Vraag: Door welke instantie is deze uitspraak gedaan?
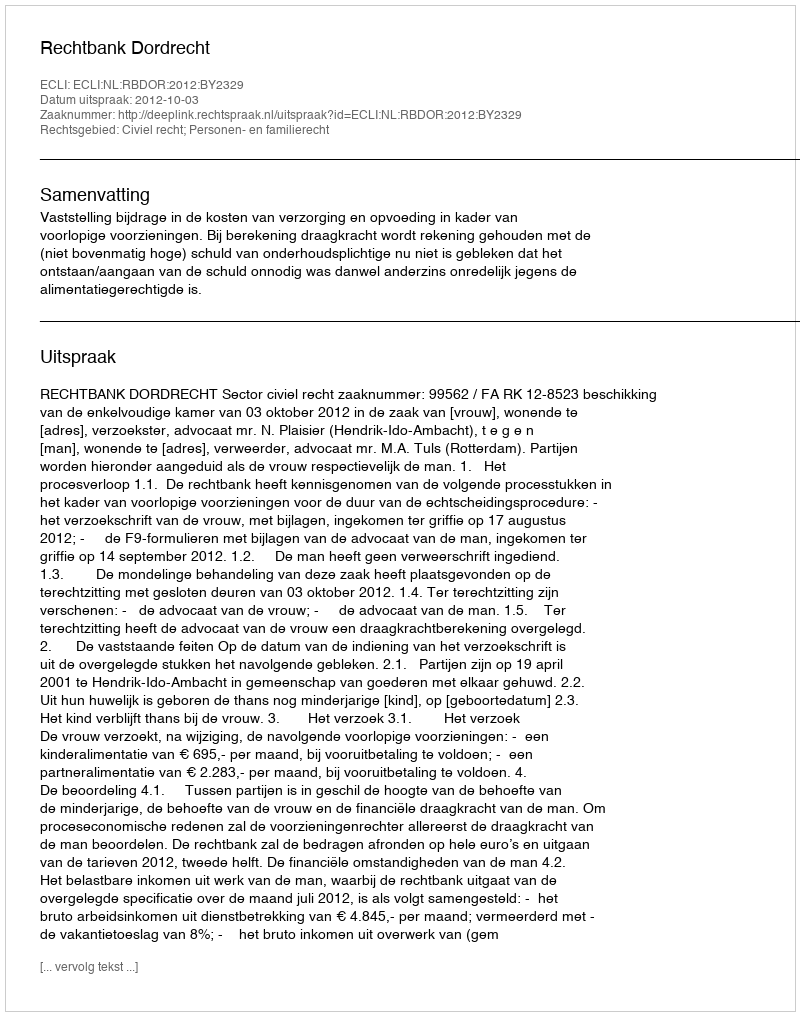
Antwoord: Rechtbank Dordrecht